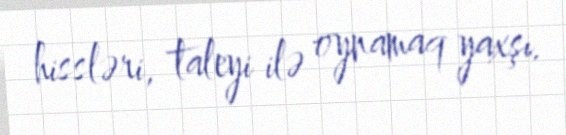
hissləri, taleyi ilə oynamaq yaxşı.